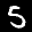
Label: 5